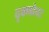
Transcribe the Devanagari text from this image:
दृक्गोचर